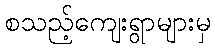
စသည့်ကျေးရွာများမှ